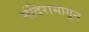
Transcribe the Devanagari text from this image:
मंदिरामागून